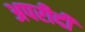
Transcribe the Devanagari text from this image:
अपरीदी